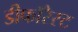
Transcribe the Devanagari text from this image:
डीफॉरेस्ट